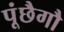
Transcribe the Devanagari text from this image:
पूंछैगौ